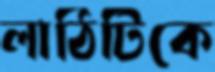
লাঠিটিকে